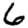
Digit: 6